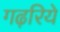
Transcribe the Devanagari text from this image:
गढ़रिये